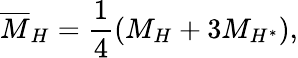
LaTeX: \overline{{{M}}}_{H}=\frac{1}{4}(M_{H}+3M_{H^{*}}),